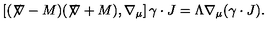
\left[ ( \not \! \nabla - M ) ( \not \! \nabla + M ) , \nabla _ { \mu } \right] \gamma \cdot J = \Lambda \nabla _ { \mu } ( \gamma \cdot J ) .